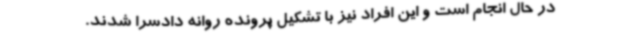
در حال انجام است و این افراد نیز با تشکیل پرونده روانه دادسرا شدند.